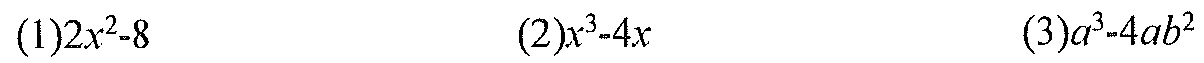
(1)\(2x^{2}-8\)  (2)\(x^{3}-4x\)  (3)\(a^{3}-4ab^{2}\)